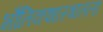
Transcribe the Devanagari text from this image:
भौतिकशास्त्रातला